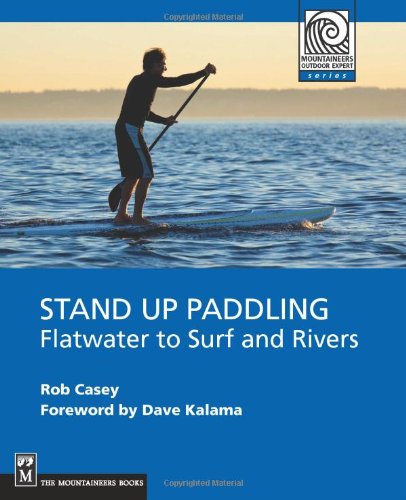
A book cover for Stand Up Paddling: Flatwater to Surf and Rivers (Mountaineering Outdoor Experts) (Moes); Rob Casey; Sports & Outdoors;